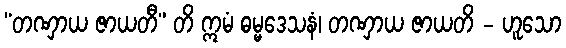
“တဏှာယ ဇာယတီ” တိ ဣမံ ဓမ္မဒေသနံ၊ တဏှာယ ဇာယတိ - ဟူသော